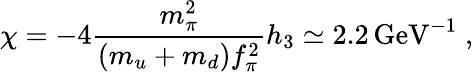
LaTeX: \chi=-4{\frac{m_{\pi}^{2}}{(m_{u}+m_{d})f_{\pi}^{2}}}h_{3}\simeq 2.2\, \mathrm{GeV}^{-1}\; ,